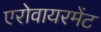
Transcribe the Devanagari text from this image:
एरोवायरमेंट